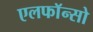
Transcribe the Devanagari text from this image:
एलफाॅन्सो